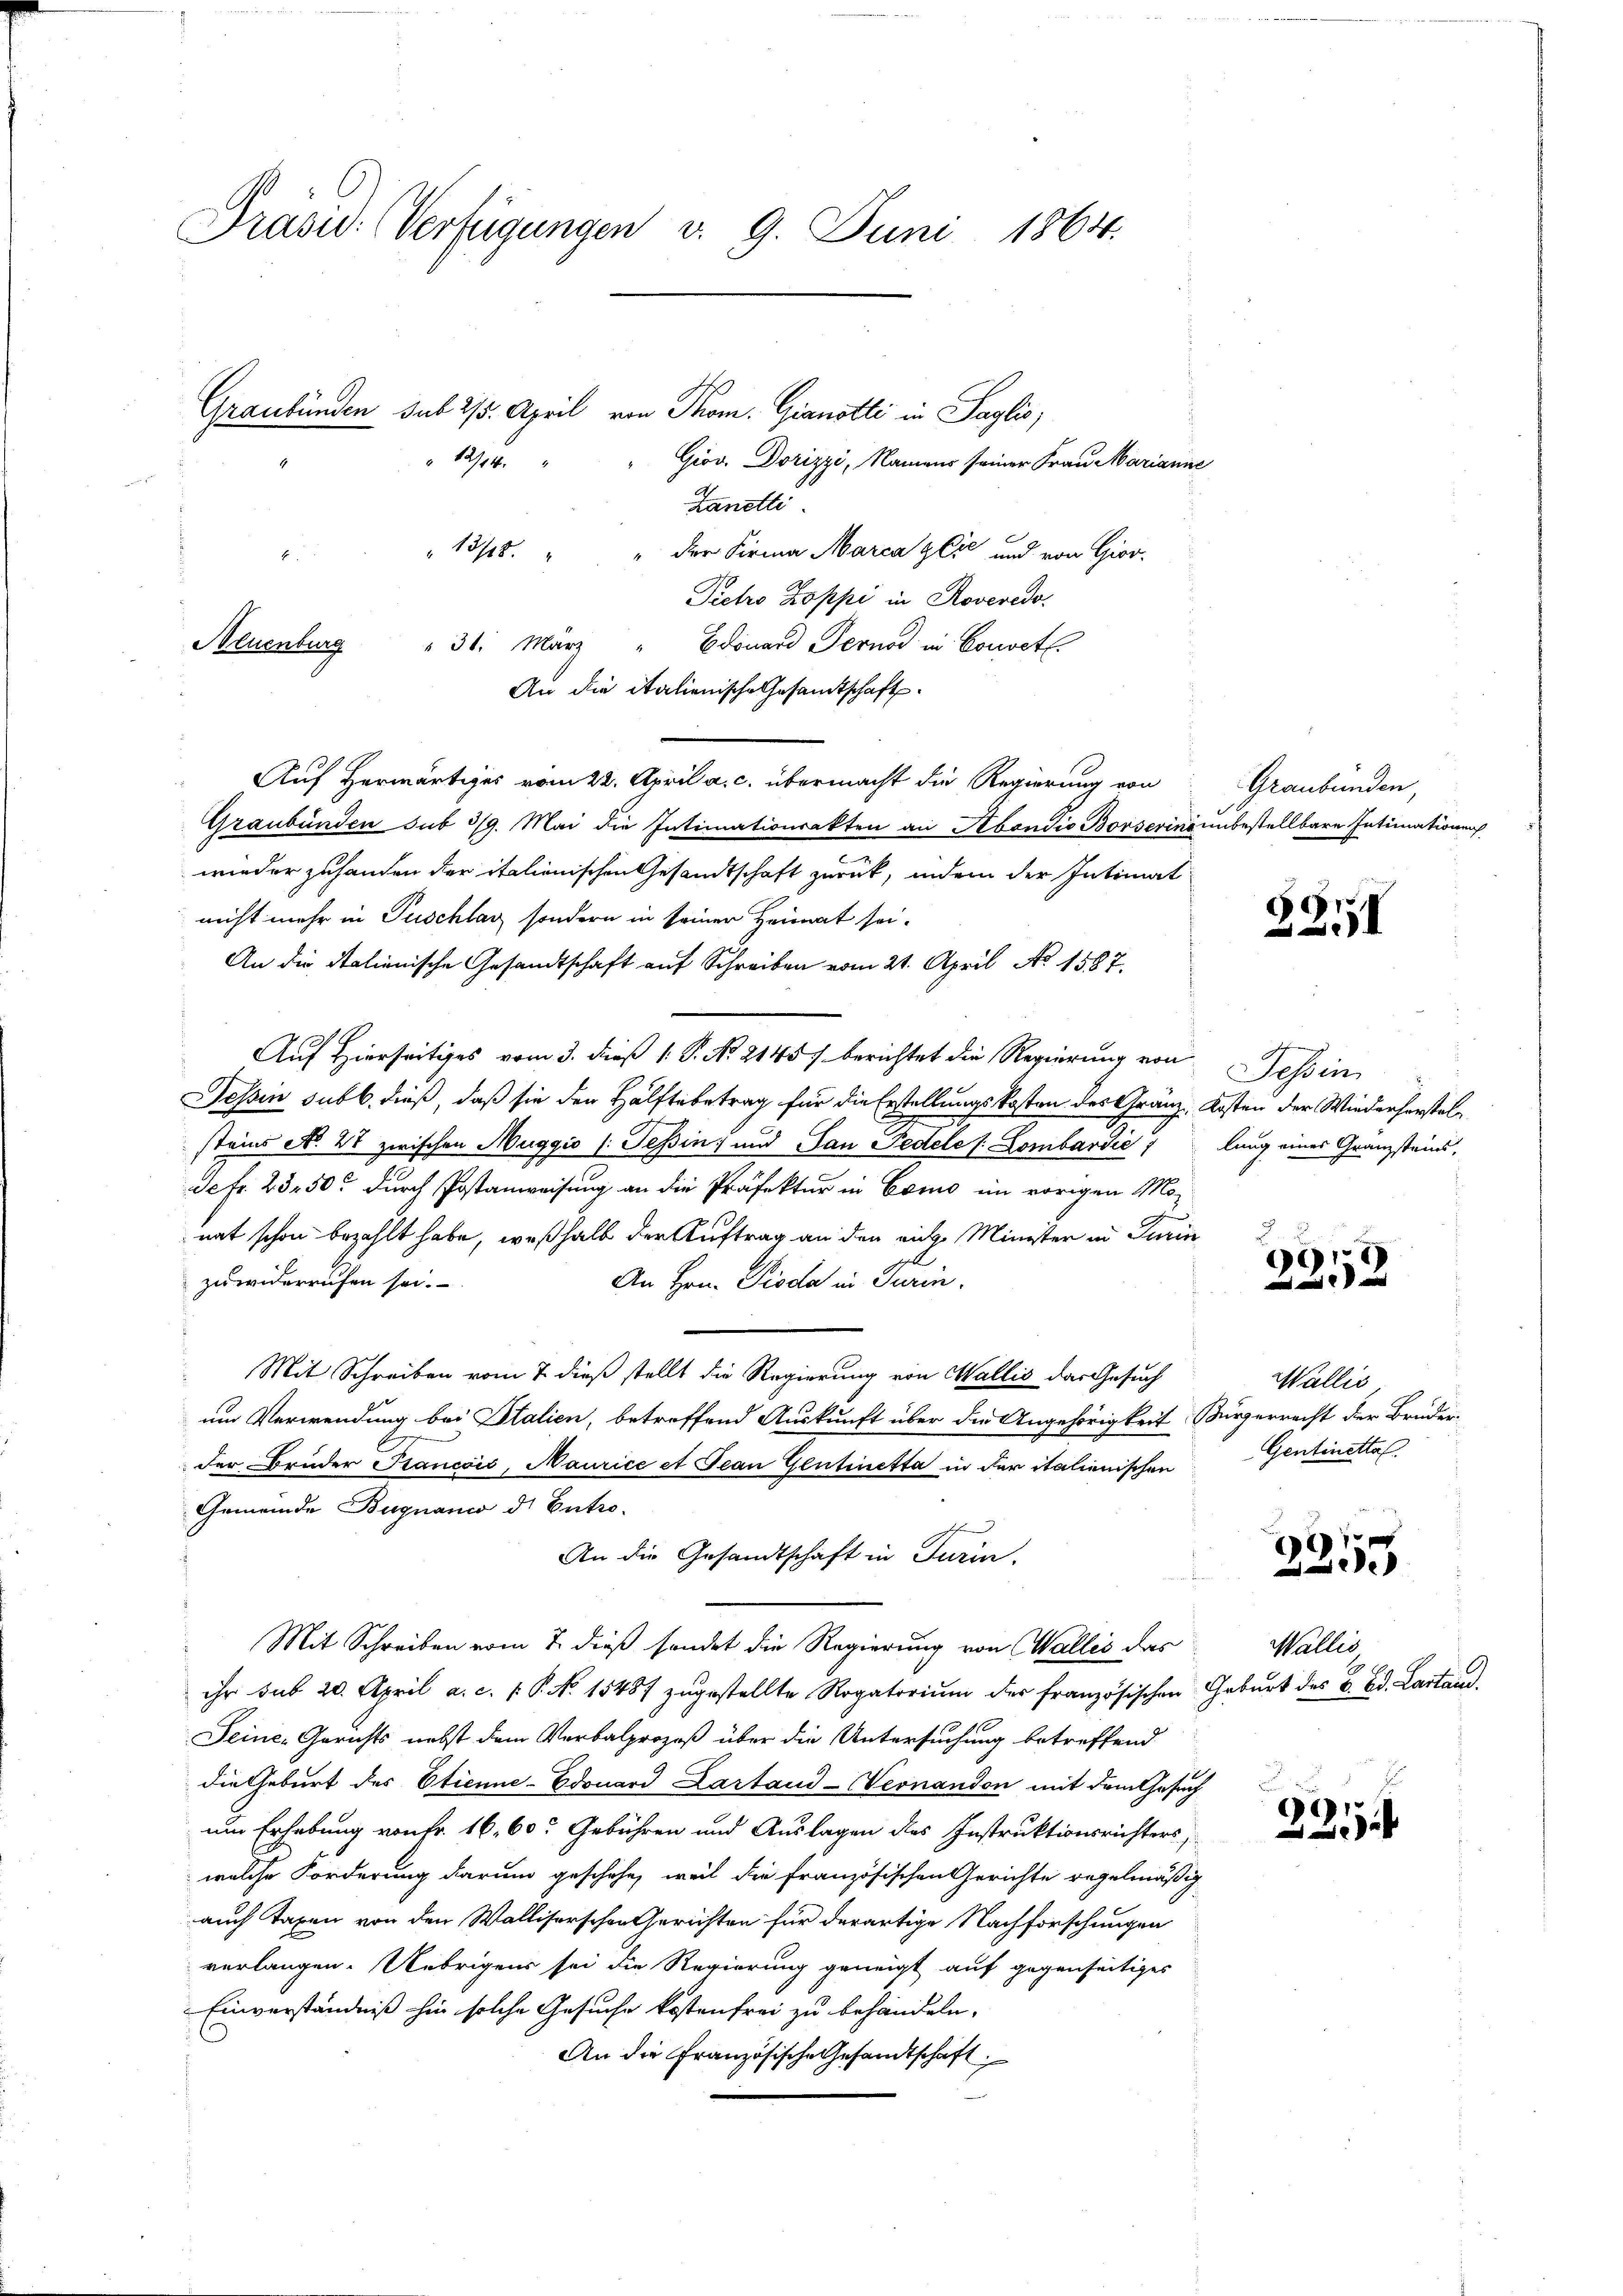
Präsid. Verfügungen v. 9. Juni 1864.

1274.

Graubünden sub 2/5. April von Thom. Gianotli in Saglis;
Grov. Dorizzi, Namens seiner Frau Marianne
Kanetli
13/8. " " der Firma Marca gere und von Gior-
Pietro Koppi in Roveredo
Neuenburg " 31. März " Edouard Pernod in Convet
An die Italienische Gesandtschaft.
Auf Herwärtiges vom 22. April a. c. übermacht die Regierung von
Graubünden sub 319. Mai die Intimationsakten an Abendio Borserins unbestellbare Intimationen
wieder zu handen der italienischen Gesandtschaft zurück, indem der Intimat
nicht mehr in Puschlag sondern in seiner Heimat sei.
An die Italienische Gesandtschaft auf Schreiben vom 21. April No 1587.
Auf Hierseitiges vom 3. dieß 1 P. No. 21457 berichtet die Regierung von Tessin
Tessin sub b. dieß, daß sie den Hälftebetrag für die Erstellungskosten des Gränz. Kosten der Wiederherstelsteins No. 47 zwischen Muggio (: Tessin und Pan Pedele / Lombardić 1 lang eines Gränzsteins,
Sc fr. 23. 50. durch Postanweisung an die Präfektur in Como im vorigen Mo-
nat schon bezahlt habe, weßhalb der Auftrag an den riche Minister in Turin
zuwiderrufen sei.
An Hrn. Pioda in Turin.
Mit Schreiben vom 7. dieß stellt die Regierung von Wallis das Gesuch
um Verwendung bei Stalien, betreffend Auskunft über die Angehörigkeit Bürgerrecht der Brüder-
der Bruder Francois, Maurice et Jean Gentinetta in der italienischen
Gemeinde Begnano d. Entro-
An die Gesandtschaft in Turin.
Mit Schreiben vom 7. dieß sendet die Regierung von Wallis das
ihr sub 20. April a. c. P.P. N. 15487 zŭgestellte Rogatoriŭm der französischen Geburt des B. Bd. Lastand
Seine Gerichts nebst dem Verbalprozeß über die Untersuchung betreffend
die Geburt des Etienne-Edouard Kartaud-Vernandon mit dem Gesuch
um Erhebung von Fr. 16, 60 Gebühren und Auslagen des Instruktionsrichters,
welche Forderung darum geschehe, weil die Französischen Gerichte regelmäßig
auch Taxen von den Walliserschen Gerichten für derartige Nachforschungen
verlangen. Uebrigens sei die Regierung geneigt auf gegenseitiges
Einverständniß hin solche Gesuche kostenfrei zu behandeln.
An die Französische Gesandtschaft,

Graubünden,

2251

u
96), 1
 0 x

Wallis,
Gentinettel.

)

Wallis

23